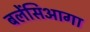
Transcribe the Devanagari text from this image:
बलेंसिआगा